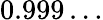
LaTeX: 0.999\ldots